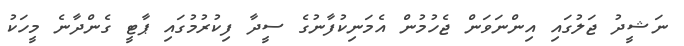
ނަޝީދު ޖަލުގައި އިންނަވަން ޖެހުމުން އެމަނިކުފާނުގެ ސީދާ ފިކުރުމުގައި ޕާޓީ ގެންދާނެ މީހަކު